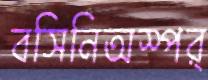
বসিনিঅস্পর্